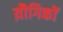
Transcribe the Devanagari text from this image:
य़ौगिकों